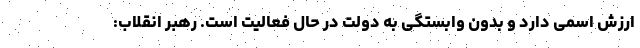
ارزش اسمی دارد و بدون وابستگی به دولت در حال فعالیت است. رهبر انقلاب: